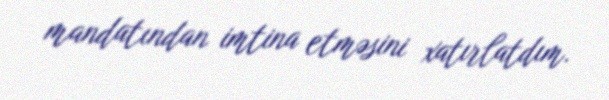
mandatından imtina etməsini xatırlatdım.